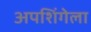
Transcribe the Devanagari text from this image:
अपशिंगेला